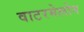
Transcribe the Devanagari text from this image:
वाटरमेलोन